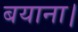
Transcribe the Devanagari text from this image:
बयाना।